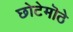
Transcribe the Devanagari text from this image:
छोटेमॊठे